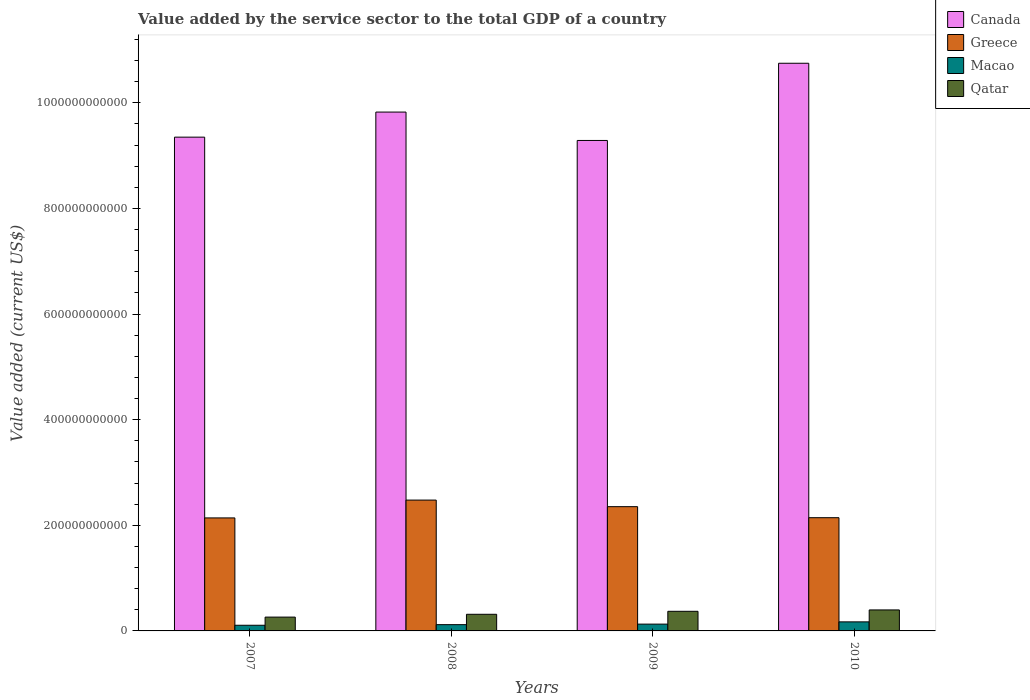
| Years | Canada | Greece | Macao | Qatar |
 | --- | --- | --- | --- | --- |
 | 2007 | 9.35e+11 | 2.14e+11 | 1.07e+10 | 2.62e+10 |
 | 2008 | 9.82e+11 | 2.48e+11 | 1.19e+10 | 3.15e+10 |
 | 2009 | 9.29e+11 | 2.35e+11 | 1.29e+10 | 3.71e+10 |
 | 2010 | 1.07e+12 | 2.14e+11 | 1.71e+10 | 3.98e+10 |